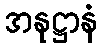
အနုဋ္ဌာနံ